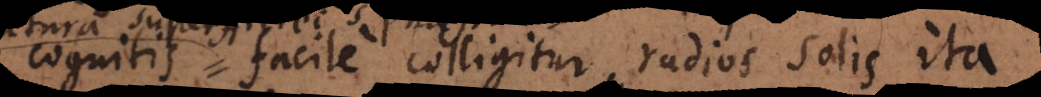
cognitis facile colligitur radios solis ita